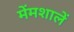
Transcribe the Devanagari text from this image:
मेंमशालें